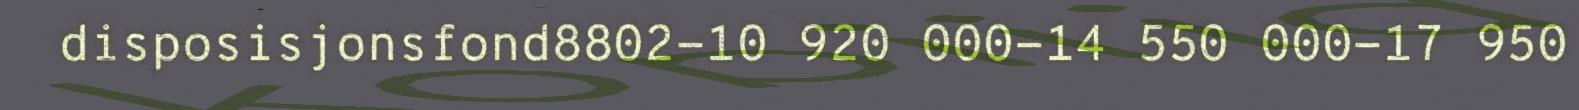
disposisjonsfond8802-10 920 000-14 550 000-17 950